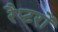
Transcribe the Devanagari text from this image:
रैप्टरों